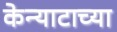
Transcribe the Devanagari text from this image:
केन्याटाच्या